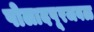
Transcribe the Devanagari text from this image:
पोलादपूरजवळ